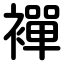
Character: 襌